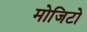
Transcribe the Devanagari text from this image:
मोजिटो